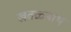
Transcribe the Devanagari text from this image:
खवळनाथ